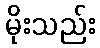
မိုးသည်း